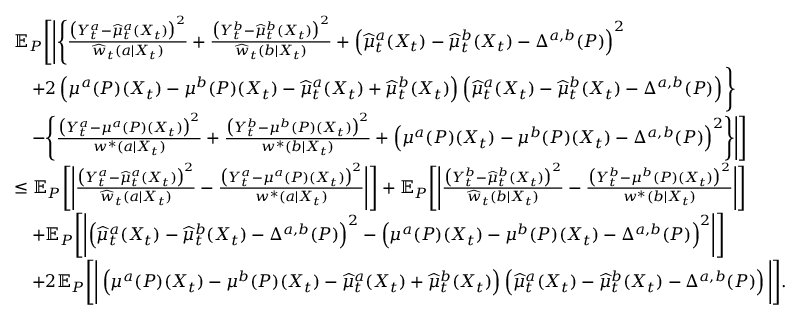
\begin{array} { r l } & { \mathbb { E } _ { P } \Bigg [ \Bigg | \Bigg \{ \frac { \big ( Y _ { t } ^ { a } - \widehat { \mu } _ { t } ^ { a } ( X _ { t } ) \big ) ^ { 2 } } { \widehat { w } _ { t } ( a | X _ { t } ) } + \frac { \big ( Y _ { t } ^ { b } - \widehat { \mu } _ { t } ^ { b } ( X _ { t } ) \big ) ^ { 2 } } { \widehat { w } _ { t } ( b | X _ { t } ) } + \Big ( \widehat { \mu } _ { t } ^ { a } ( X _ { t } ) - \widehat { \mu } _ { t } ^ { b } ( X _ { t } ) - \Delta ^ { a , b } ( P ) \Big ) ^ { 2 } } \\ & { \ \ \ + 2 \left( \mu ^ { a } ( P ) ( X _ { t } ) - \mu ^ { b } ( P ) ( X _ { t } ) - \widehat { \mu } _ { t } ^ { a } ( X _ { t } ) + \widehat { \mu } _ { t } ^ { b } ( X _ { t } ) \right) \left( \widehat { \mu } _ { t } ^ { a } ( X _ { t } ) - \widehat { \mu } _ { t } ^ { b } ( X _ { t } ) - \Delta ^ { a , b } ( P ) \right) \Bigg \} } \\ & { \ \ \ - \Bigg \{ \frac { \big ( Y _ { t } ^ { a } - \mu ^ { a } ( P ) ( X _ { t } ) \big ) ^ { 2 } } { w ^ { * } ( a | X _ { t } ) } + \frac { \big ( Y _ { t } ^ { b } - \mu ^ { b } ( P ) ( X _ { t } ) \big ) ^ { 2 } } { w ^ { * } ( b | X _ { t } ) } + \Big ( \mu ^ { a } ( P ) ( X _ { t } ) - \mu ^ { b } ( P ) ( X _ { t } ) - \Delta ^ { a , b } ( P ) \Big ) ^ { 2 } \Bigg \} \Bigg | \Bigg ] } \\ & { \leq \mathbb { E } _ { P } \Bigg [ \Bigg | \frac { \big ( Y _ { t } ^ { a } - \widehat { \mu } _ { t } ^ { a } ( X _ { t } ) \big ) ^ { 2 } } { \widehat { w } _ { t } ( a | X _ { t } ) } - \frac { \big ( Y _ { t } ^ { a } - \mu ^ { a } ( P ) ( X _ { t } ) \big ) ^ { 2 } } { w ^ { * } ( a | X _ { t } ) } \Bigg | \Bigg ] + \mathbb { E } _ { P } \Bigg [ \Bigg | \frac { \big ( Y _ { t } ^ { b } - \widehat { \mu } _ { t } ^ { b } ( X _ { t } ) \big ) ^ { 2 } } { \widehat { w } _ { t } ( b | X _ { t } ) } - \frac { \big ( Y _ { t } ^ { b } - \mu ^ { b } ( P ) ( X _ { t } ) \big ) ^ { 2 } } { w ^ { * } ( b | X _ { t } ) } \Bigg | \Bigg ] } \\ & { \ \ \ + \mathbb { E } _ { P } \Bigg [ \Bigg | \Big ( \widehat { \mu } _ { t } ^ { a } ( X _ { t } ) - \widehat { \mu } _ { t } ^ { b } ( X _ { t } ) - \Delta ^ { a , b } ( P ) \Big ) ^ { 2 } - \Big ( \mu ^ { a } ( P ) ( X _ { t } ) - \mu ^ { b } ( P ) ( X _ { t } ) - \Delta ^ { a , b } ( P ) \Big ) ^ { 2 } \Bigg | \Bigg ] } \\ & { \ \ \ + 2 \mathbb { E } _ { P } \Bigg [ \Bigg | \left( \mu ^ { a } ( P ) ( X _ { t } ) - \mu ^ { b } ( P ) ( X _ { t } ) - \widehat { \mu } _ { t } ^ { a } ( X _ { t } ) + \widehat { \mu } _ { t } ^ { b } ( X _ { t } ) \right) \left( \widehat { \mu } _ { t } ^ { a } ( X _ { t } ) - \widehat { \mu } _ { t } ^ { b } ( X _ { t } ) - \Delta ^ { a , b } ( P ) \right) \Bigg | \Bigg ] . } \end{array}